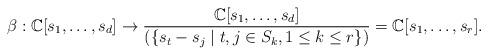
LaTeX: \begin{align*}\beta: \mathbb{C}[s_{1}, \dots, s_{d}] \to \frac{\mathbb{C}[s_{1}, \dots, s_{d}]}{(\{ s_{t} - s_{j} \mid t, j \in S_{k}, 1 \leq k \leq r\})} = \mathbb{C}[s_{1}, \dots, s_{r}].\end{align*}